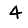
Digit: 4